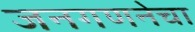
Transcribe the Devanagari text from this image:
जनगणनेचा